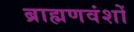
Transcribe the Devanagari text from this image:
ब्राह्मणवंशों